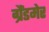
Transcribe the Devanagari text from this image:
ग्रैंडमेर